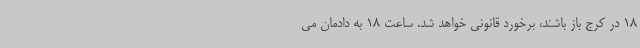
18 در کرج باز باشند، برخورد قانونی خواهد شد. ساعت 18 به دادمان می